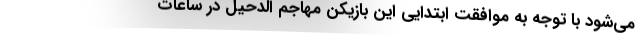
می‌شود با توجه به موافقت ابتدایی این بازیکن مهاجم الدحیل در ساعات